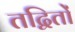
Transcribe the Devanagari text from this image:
तद्वितों